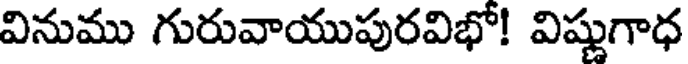
వినుము గురువాయుపురవిభో! విష్ణుగాధ